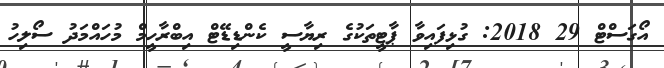
އޯގަސްޓް 29 2018: ގުޅިފައިވާ ޕާޓީތަކުގެ ރިޔާސީ ކެންޑިޑޭޓް އިބްރާހީމް މުހައްމަދު ސޯލިހު